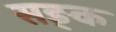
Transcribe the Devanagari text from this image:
सङ्क